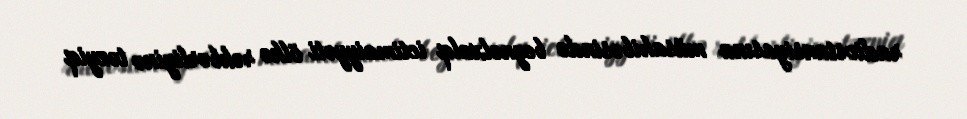
radiostansiyasına müsahibəsində beynəlxalq ictimaiyyəti ölkə rəhbərliyinə təzyiq